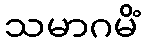
သမာဂမိံ